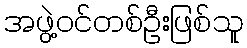
အဖွဲ့ဝင်တစ်ဦးဖြစ်သူ